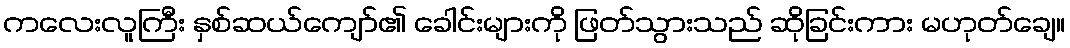
ကလေးလူကြီး နှစ်ဆယ်ကျော်၏ ခေါင်းများကို ဖြတ်သွားသည် ဆိုခြင်းကား မဟုတ်ချေ။